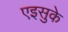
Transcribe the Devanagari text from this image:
एइसुके